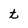
Character: t